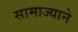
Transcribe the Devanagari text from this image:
सामाज्याने